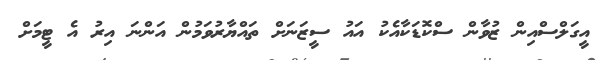
އީގަލްސްއިން ޒުވާން ސްކޮޑަކާއެކު އައު ސީޒަނަށް ތައްޔާރުވަމުން އަންނަ އިރު އެ ޓީމަށް